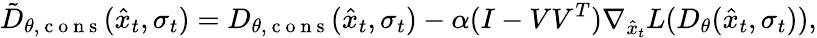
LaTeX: \tilde{D}_{\theta,\mathrm{~c~o~n~s~}}(\hat{x}_{t},\sigma_{t})=D_{\theta,\mathrm{~c~o~n~s~}}(\hat{x}_{t},\sigma_{t})-\alpha(I-VV^{T})\nabla_{\hat{x}_{t}}L(D_{\theta}(\hat{x}_{t},\sigma_{t})),